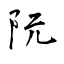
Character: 阮